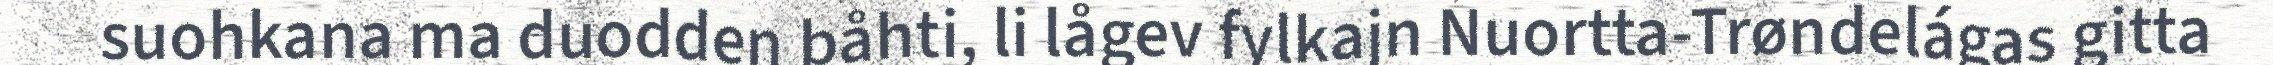
suohkana ma duodden båhti, li lågev fylkajn Nuortta-Trøndelágas gitta